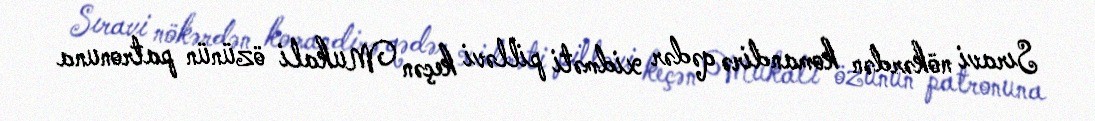
Sıravi nökərdən komandirə qədər xidməti pilləvi keçən Mukali özünün patronuna